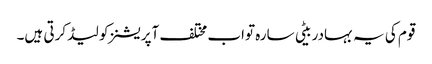
قوم کی یہ بہادر بیٹی سارہ تواب مختلف آپریشنز کو لیڈ کرتی ہیں۔